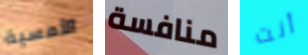
الأمسية منافسة أنت